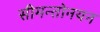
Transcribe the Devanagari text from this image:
सीमन्तोनयन